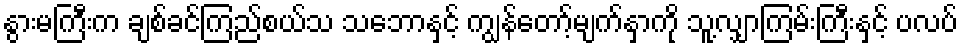
နွားမကြီးက ချစ်ခင်ကြည်စယ်သ သဘောနှင့် ကျွန်တော့်မျက်နှာကို သူ့လျှာကြမ်းကြီးနှင့် ပလပ်